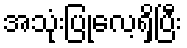
အသုံးပြုလေ့ရှိပြီး